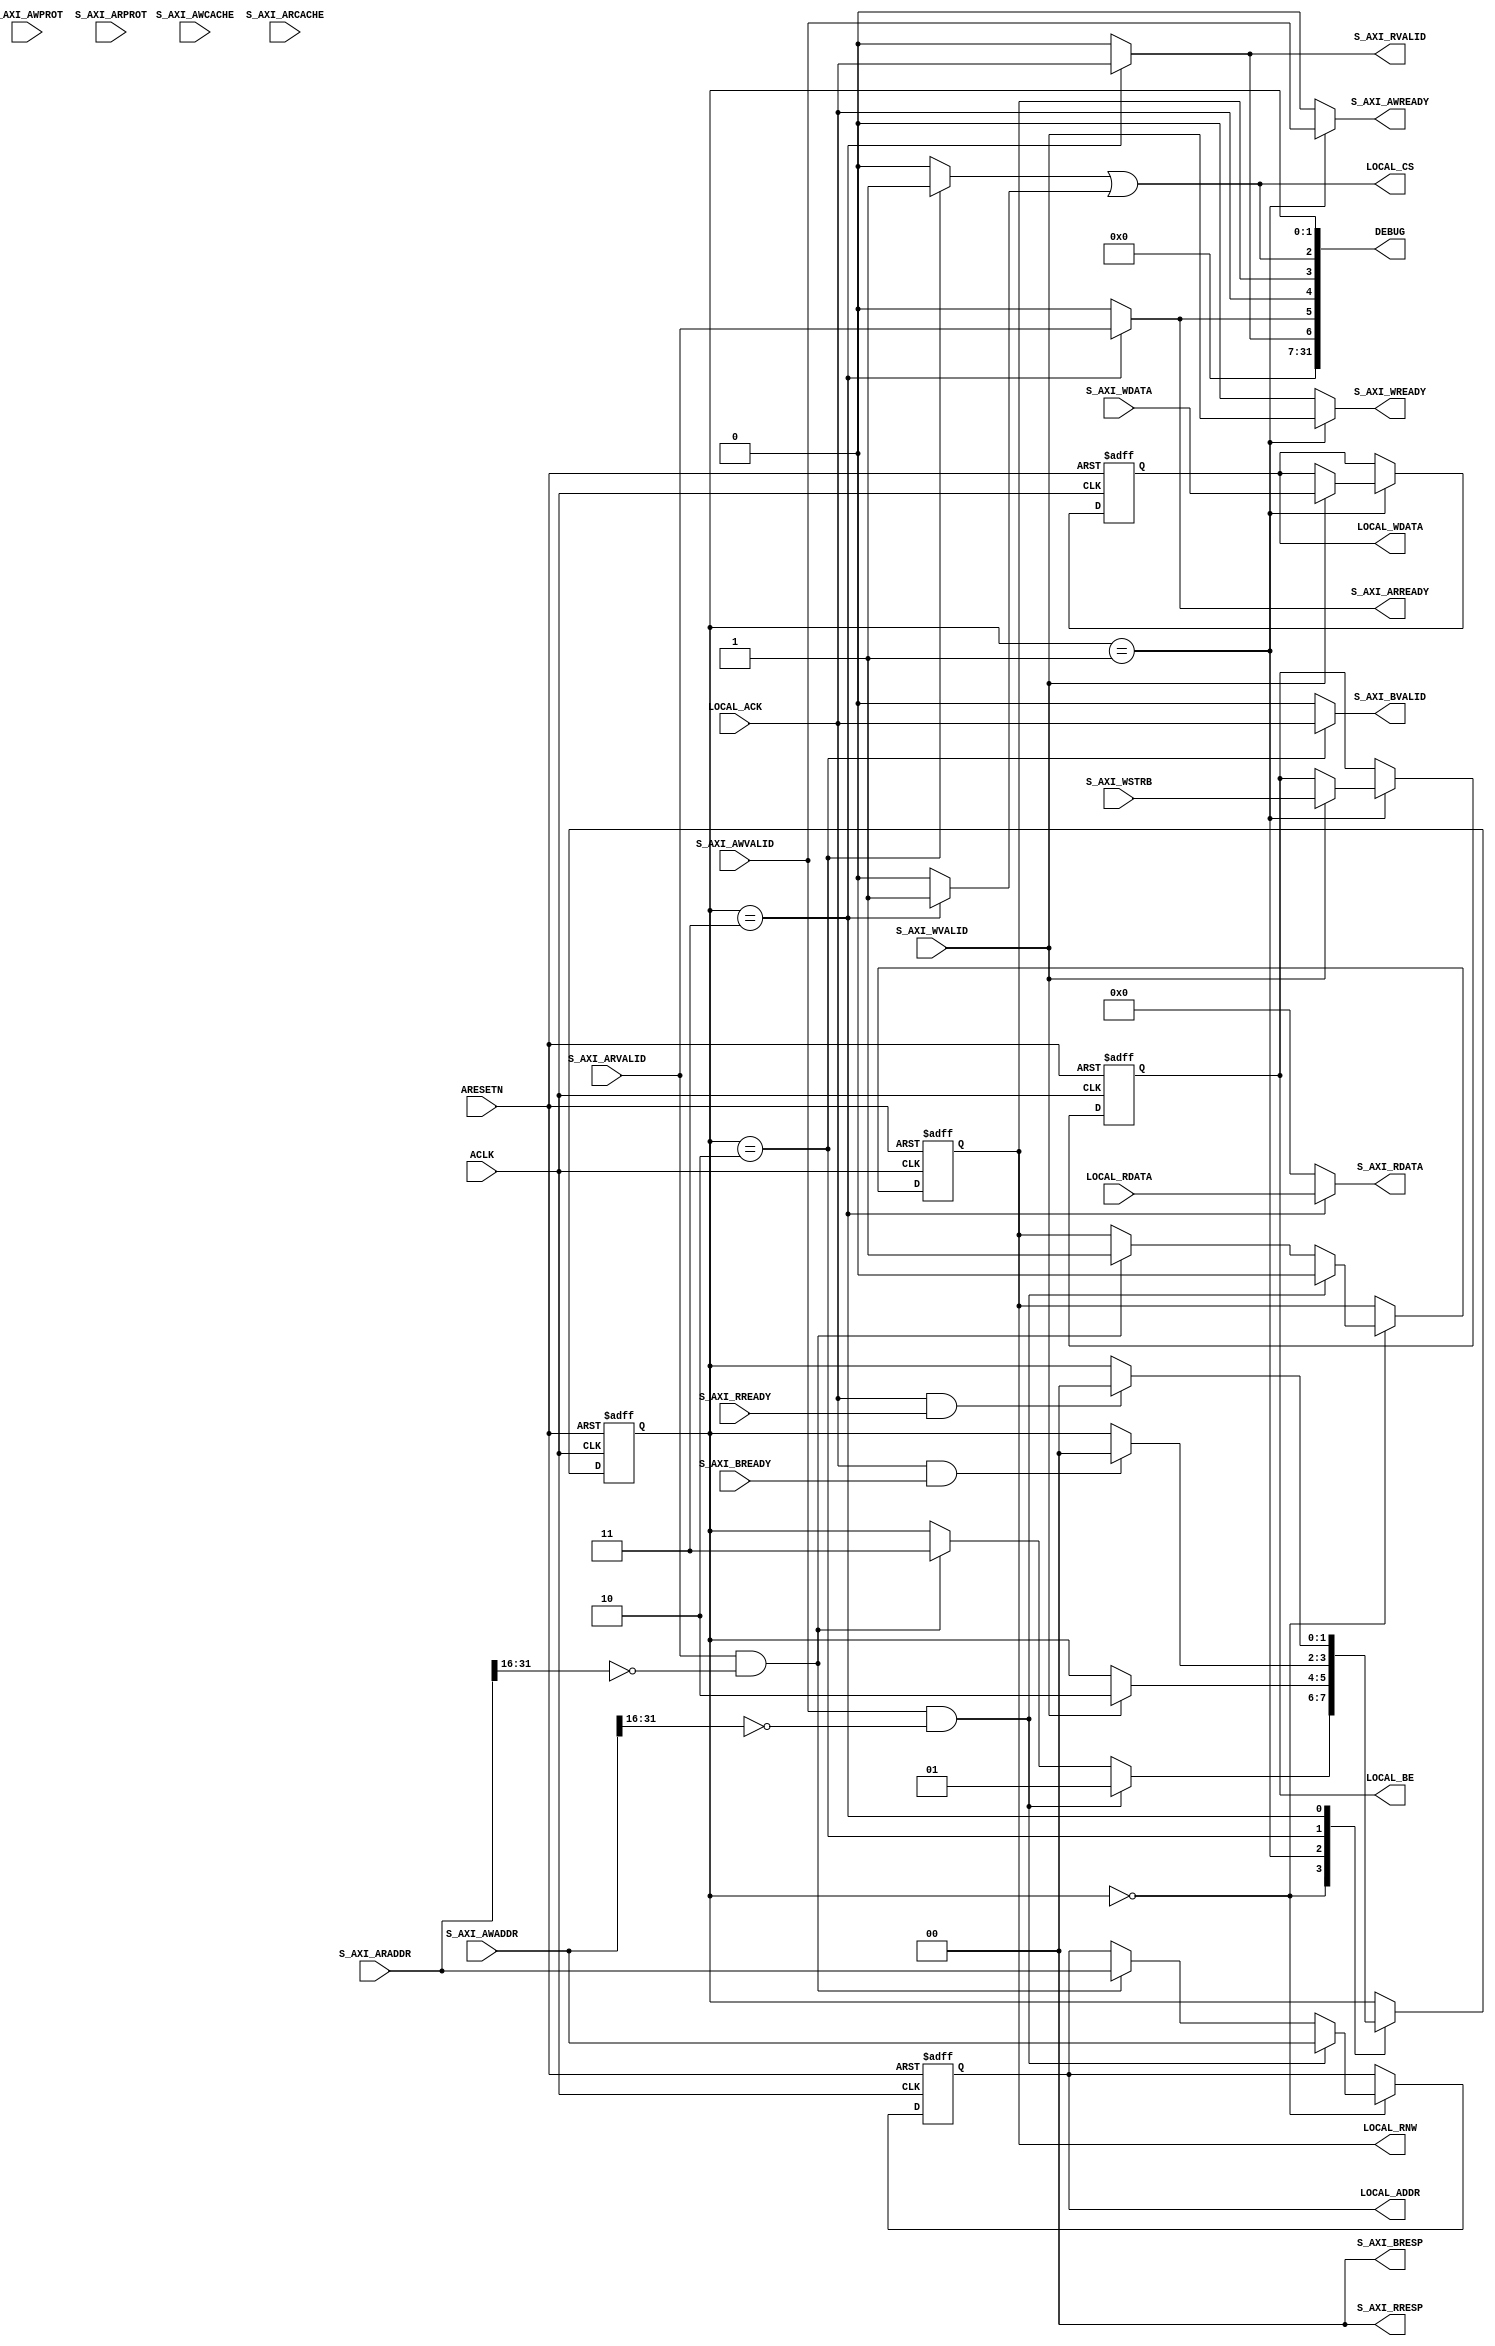
/*
 * Copyright (C)2014-2015 AQUAXIS TECHNOLOGY.
 *  Don't remove this header. 
 * When you use this source, there is a need to inherit this header.
 *
 * License
 *  For no commercial -
 *   License:     The Open Software License 3.0
 *   License URI: http://www.opensource.org/licenses/OSL-3.0
 *
 *  For commmercial -
 *   License:     AQUAXIS License 1.0
 *   License URI: http://www.aquaxis.com/licenses
 *
 * For further information please contact.
 *	URI:    http://www.aquaxis.com/
 */
module aq_axi_lite_slave
  #(
    parameter     C_BASEADRS  = 32'h0000_0000,
    parameter     C_ADRSWIDTH = 16
    )
  (
    // AXI4 Lite Interface
    input         ARESETN,
    input         ACLK,
    
    // Write Address Channel
    input [31:0]  S_AXI_AWADDR,
    input [3:0]   S_AXI_AWCACHE,  // 4'b0011
    input [2:0]   S_AXI_AWPROT,   // 3'b000
    input         S_AXI_AWVALID,
    output        S_AXI_AWREADY, 
        
    // Write Data Channel
    input [31:0]  S_AXI_WDATA,
    input [3:0]   S_AXI_WSTRB,
    input         S_AXI_WVALID,
    output        S_AXI_WREADY,
        
    // Write Response Channel
    output        S_AXI_BVALID,
    input         S_AXI_BREADY,
    output [1:0]  S_AXI_BRESP,

    // Read Address Channel
    input [31:0]  S_AXI_ARADDR,
    input [3:0]   S_AXI_ARCACHE,  // 4'b0011
    input [2:0]   S_AXI_ARPROT,   // 3'b000
    input         S_AXI_ARVALID,
    output        S_AXI_ARREADY,

    // Read Data Channel
    output [31:0] S_AXI_RDATA,
    output [1:0]  S_AXI_RRESP,
    output        S_AXI_RVALID,
    input         S_AXI_RREADY,
    
    // Local Interface
    output        LOCAL_CS,
    output        LOCAL_RNW,
    input         LOCAL_ACK,
    output [31:0] LOCAL_ADDR,
    output [3:0]  LOCAL_BE,
    output [31:0] LOCAL_WDATA,
    input [31:0]  LOCAL_RDATA,
    
    output [31:0] DEBUG
  );

/*
CACHE[3:0]
WA RA C  B 
0  0  0  0 Noncacheable and nonbufferable
0  0  0  1 Bufferable only
0  0  1  0 Cacheable, but do not allocate
0  0  1  1 Cacheable and Bufferable, but do not allocate
0  1  1  0 Cacheable write-through, allocate on reads only
0  1  1  1 Cacheable write-back, allocate on reads only
1  0  1  0 Cacheable write-through, allocate on write only
1  0  1  1 Cacheable write-back, allocate on writes only
1  1  1  0 Cacheable write-through, allocate on both reads and writes
1  1  1  1 Cacheable write-back, allocate on both reads and writes

PROR
[2]:0:Data Access
    1:Instruction Access
[1]:0:Secure Access
    1:NoSecure Access
[0]:0:Privileged Access
    1:Normal Access

RESP
00: OK
01: EXOK
10: SLVERR
11: DECERR
*/

  localparam S_IDLE   = 2'd0;
  localparam S_WRITE  = 2'd1;
  localparam S_WRITE2 = 2'd2;
  localparam S_READ   = 2'd3;

  reg [1:0]   state;
  reg         reg_rnw;
  reg [31:0]  reg_addr, reg_wdata;
  reg [3:0]   reg_be;
   
  always @( posedge ACLK or negedge ARESETN ) begin
    if( !ARESETN ) begin
      state     <= S_IDLE;
      reg_rnw   <= 1'b0;
      reg_addr  <= 32'd0;
      reg_wdata <= 32'd0;
      reg_be    <= 4'd0;
    end else begin
      case( state )
        S_IDLE: begin
          if( S_AXI_AWVALID && ( S_AXI_AWADDR[31:(32 - C_ADRSWIDTH)] == C_BASEADRS[31:(32 - C_ADRSWIDTH)] ) ) begin
            reg_rnw   <= 1'b0;
            reg_addr  <= S_AXI_AWADDR;
            state     <= S_WRITE;
          end else if( S_AXI_ARVALID && (S_AXI_ARADDR[31:(32 - C_ADRSWIDTH)] == C_BASEADRS[31:(32 - C_ADRSWIDTH)]) ) begin
            reg_rnw   <= 1'b1;
            reg_addr  <= S_AXI_ARADDR;
            state     <= S_READ;
          end
        end
        S_WRITE: begin
          if( S_AXI_WVALID ) begin
            state     <= S_WRITE2;
            reg_wdata <= S_AXI_WDATA;
            reg_be    <= S_AXI_WSTRB;
          end
        end
        S_WRITE2: begin
          if( LOCAL_ACK & S_AXI_BREADY ) begin
            state     <= S_IDLE;
          end
        end
        S_READ: begin
          if( LOCAL_ACK & S_AXI_RREADY ) begin
            state     <= S_IDLE;
          end
        end
        default: begin
          state        <= S_IDLE;
        end
      endcase
    end
  end
   
  // Local Interface
  assign LOCAL_CS       = (( state == S_WRITE2 )?1'b1:1'b0) | (( state == S_READ )?1'b1:1'b0) | 1'b0;
  assign LOCAL_RNW      = reg_rnw;
  assign LOCAL_ADDR     = reg_addr;
  assign LOCAL_BE       = reg_be;
  assign LOCAL_WDATA    = reg_wdata;
   
  // Write Channel
  assign S_AXI_AWREADY  = ( state == S_WRITE )?S_AXI_AWVALID:1'b0;
  assign S_AXI_WREADY   = ( state == S_WRITE )?S_AXI_WVALID:1'b0;
  assign S_AXI_BVALID   = ( state == S_WRITE2 )?LOCAL_ACK:1'b0;
  assign S_AXI_BRESP    = 2'b00;
   
  // Read Channel
  assign S_AXI_ARREADY  = ( state == S_READ )?S_AXI_ARVALID:1'b0;
  assign S_AXI_RVALID   = ( state == S_READ )?LOCAL_ACK:1'b0;
  assign S_AXI_RRESP    = 2'b00;
  assign S_AXI_RDATA    = ( state == S_READ )?LOCAL_RDATA:32'd0;

  // Debug
  assign DEBUG[31:0]    = {24'd0, 1'd0, S_AXI_RVALID, S_AXI_ARREADY, LOCAL_ACK, LOCAL_RNW, LOCAL_CS, state[1:0]};
endmodule